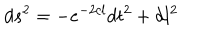
LaTeX: d s ^ { 2 } = - e ^ { - 2 c l } d t ^ { 2 } + d l ^ { 2 }